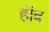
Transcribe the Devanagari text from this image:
हॉब